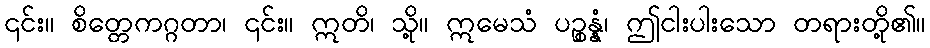
၎င်း။ စိတ္တေကဂ္ဂတာ၊ ၎င်း။ ဣတိ၊ သို့။ ဣမေသံ ပဉ္စန္နံ၊ ဤငါးပါးသော တရားတို့၏။